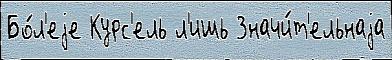
Бо́л'еjе Курс'ель л'ишь Значи́т'ельнаjа